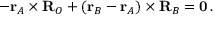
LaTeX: - \mathbf { r } _ { A } \times \mathbf { R } _ { O } + ( \mathbf { r } _ { B } - \mathbf { r } _ { A } ) \times \mathbf { R } _ { B } = \mathbf { 0 } \, .